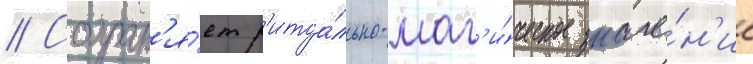
// Сохран'я́ет р'итуа́льно-маг'и́ческое значе́н'ие